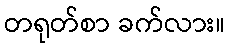
တရုတ်စာ ခက်လား။